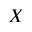
X